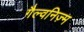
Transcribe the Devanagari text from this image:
गैल्वनिज़्म